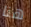
هنا